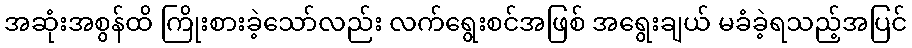
အဆုံးအစွန်ထိ ကြိုးစားခဲ့သော်လည်း လက်ရွေးစင်အဖြစ် အရွေးချယ် မခံခဲ့ရသည့်အပြင်